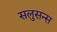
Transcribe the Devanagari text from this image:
सलुसन्स